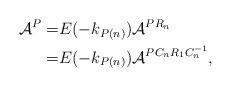
LaTeX: \begin{align*}\mathcal{A}^P=&E(-k_{P(n)})\mathcal{A}^{PR_n}\\=&E(-k_{P(n)})\mathcal{A}^{PC_nR_1C_n^{-1}},\end{align*}